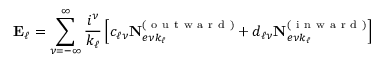
\mathbf { E } _ { \ell } = \sum _ { \nu = - \infty } ^ { \infty } \frac { i ^ { \nu } } { k _ { \ell } } \left[ c _ { \ell \nu } \mathbf { N } _ { e \nu k _ { \ell } } ^ { ( \mathrm { ~ o ~ u ~ t ~ w ~ a ~ r ~ d ~ } ) } + d _ { \ell \nu } \mathbf { N } _ { e \nu k _ { \ell } } ^ { ( \mathrm { ~ i ~ n ~ w ~ a ~ r ~ d ~ } ) } \right]